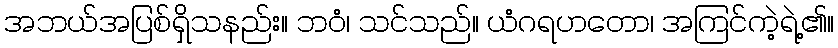
အဘယ်အပြစ်ရှိသနည်း။ ဘဝံ၊ သင်သည်။ ယံဂရဟတော၊ အကြင်ကဲ့ရဲ့၏။